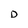
Character: D